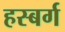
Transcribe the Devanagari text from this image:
हस्बर्ग